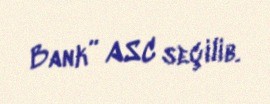
Bank” ASC seçilib.